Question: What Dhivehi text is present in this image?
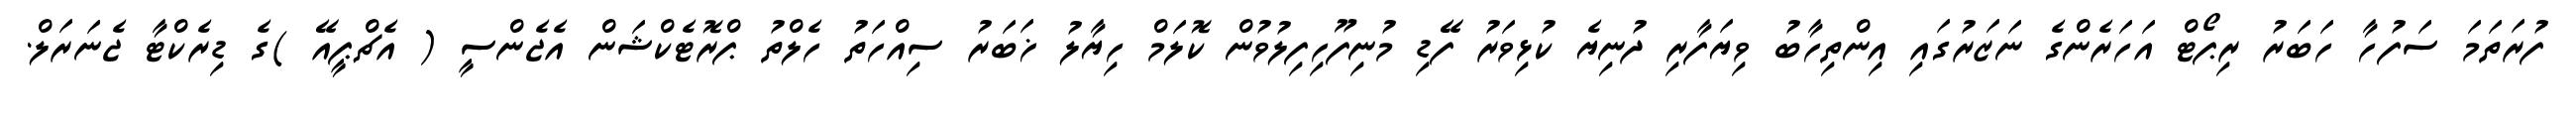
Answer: ފުރަތަމަ ސަފުހާ ހަބަރު ރިޕޯޓް އަހަރެންގެ ނަޒަރުގައި އިންތިހާބު ވިޔަފާރި ދުނިޔެ ކުޅިވަރު ފޭޑި މުނިފޫހިފިލުވުން ކޮލަމް ހިޔާލު ޚަބަރު ސިއްހަތު ހެލްތު ޕްރޮޓެކްޝަން އެޖެންސީ ( އެޗްޕީއޭ )ގެ ޑިރެކްޓާ ޖެނަރަލް.